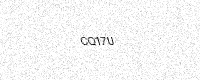
Text: CQ17U